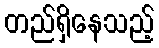
တည်ရှိနေသည့်